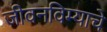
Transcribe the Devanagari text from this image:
जीवनविम्याचे